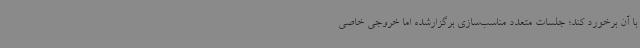
با آن برخورد کند؛ جلسات متعدد مناسب‌سازی برگزارشده اما خروجی خاصی